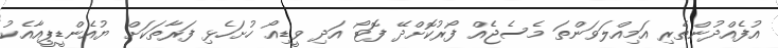
އުފެއްދުންތެރި އަމިއްލަވަންތަ މެސެޖެއް ފޯރުކޮށްދޭ ފޮޓޯ އަދި ވީޑިއޯ ހުށަހެޅި ފަރާތަކަށް ޔުއެންޑީޕީއާއެކު